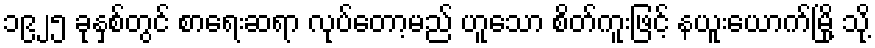
၁၉၂၅ ခုနှစ်တွင် စာရေးဆရာ လုပ်တော့မည် ဟူသော စိတ်ကူးဖြင့် နယူးယောက်မြို့ သို့